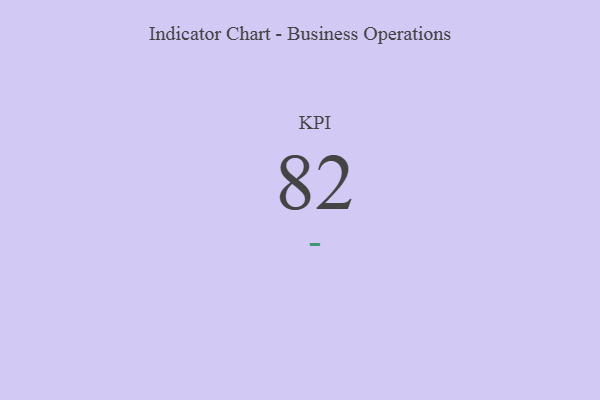
{"axis": {"x": "KPI", "y": "Value"}, "legend": [""], "data": [{"x": "KPI", "y": 82, "type": ""}]}